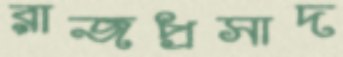
রাজপ্রসাদ